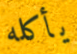
يأكله